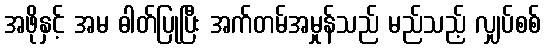
အဖိုနှင့် အမ ဓါတ်ပြုပြီး အက်တမ်အမှုန်သည် မည်သည့် လျှပ်စစ်